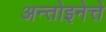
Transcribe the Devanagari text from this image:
अन्तोइनेत्ते